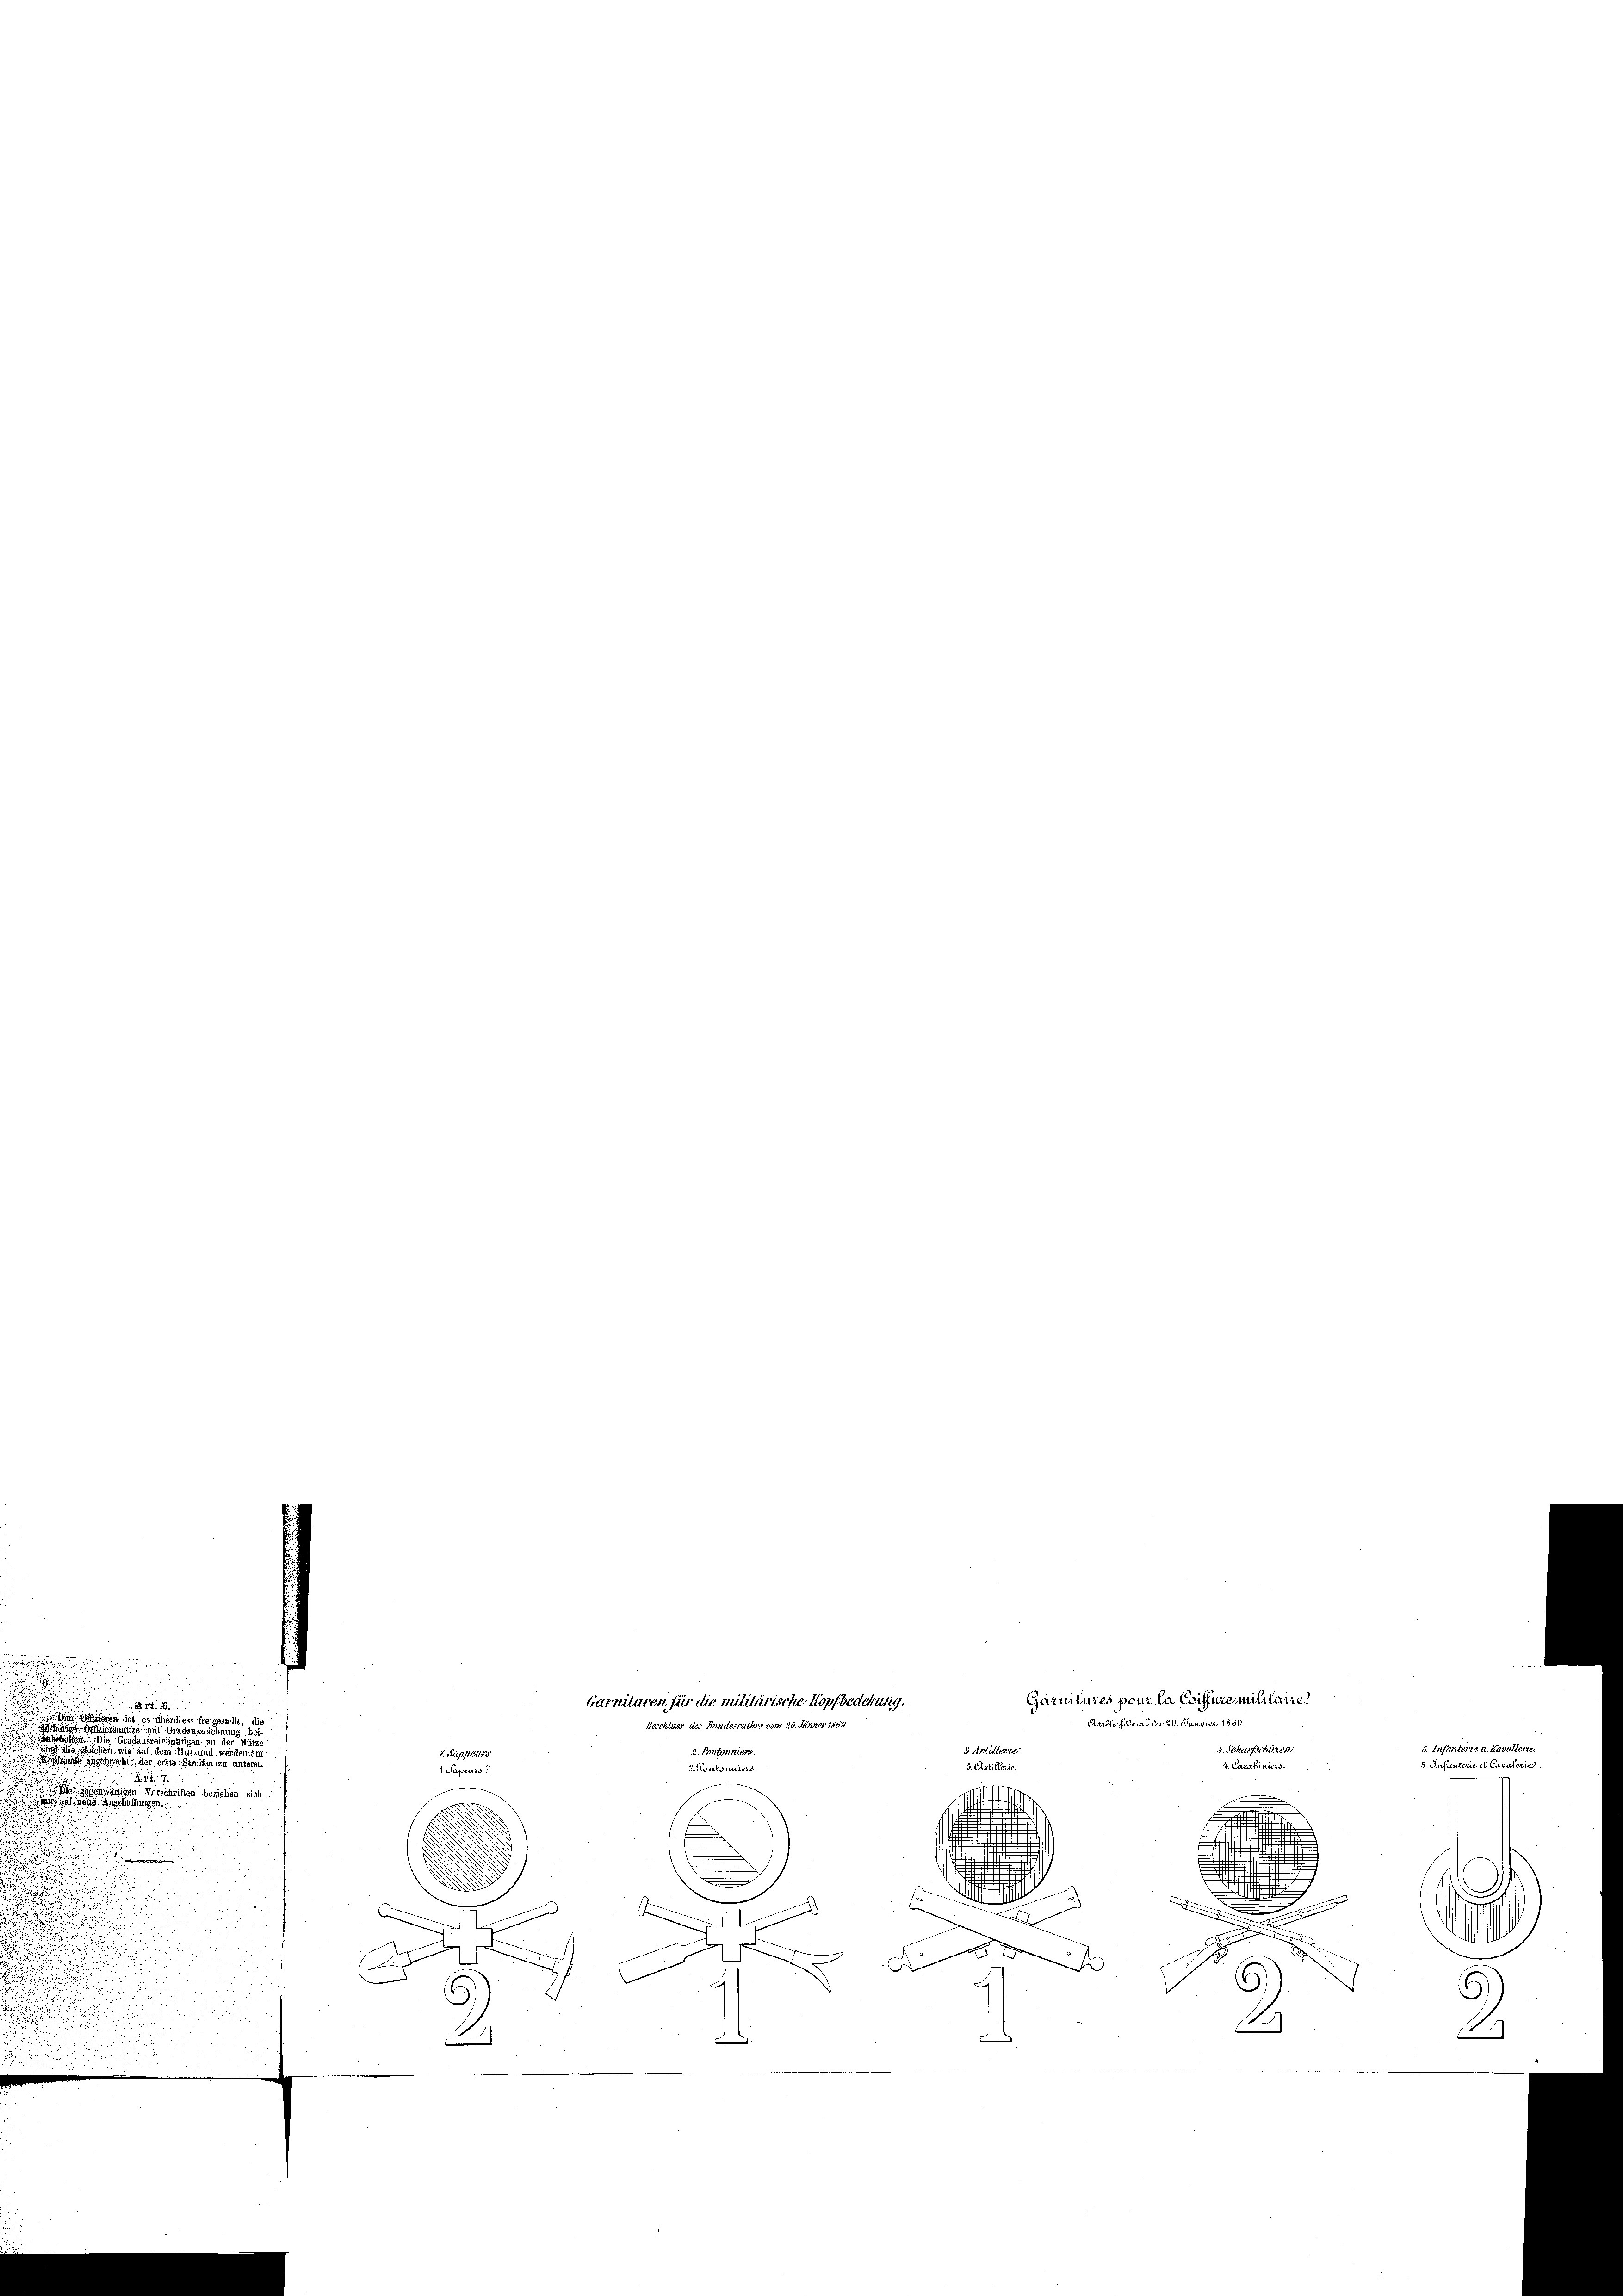
.
e
u
a
.
d

a

.

.
0
rschriften beziehen sich.

.

1. Pappeurs.
1 Sapeurs

Garnituren für die militärische Kopfbedekung.
Beschluss der Bundesrather vom 20. Jänner 1869
3. Artilleri
2. Pontonniers
3. Artillerie.
2. Pontonniers.

Garnitures pour la Coissure militaire
stellt, die
Arrête sidéral du 20. Janvier 1869
u
s
e

d

t
1
2

4. Scharfschüren
4. Curakiniers.

5. Infanterie u. Kavallerie.
5. Insunterie et Cavalerie